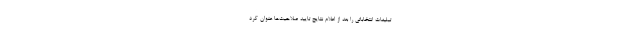
تبلیغات انتخاباتی را بعد از اعلام نتایج تایید صلاحیت‌ها عنوان کرد